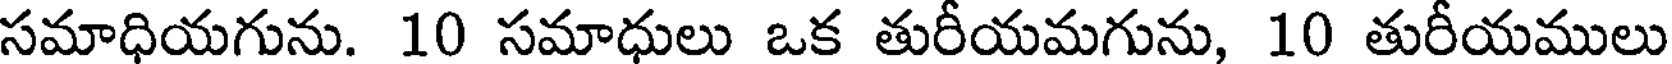
సమాధియగును. 10 సమాధులు ఒక తురీయమగును, 10 తురీయములు